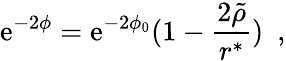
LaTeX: \mathrm{e}^{-2\phi}=\mathrm{e}^{-2\phi_{0}}(1-\frac{{2\tilde{{\rho}}}}{{r^{\ast}}})~~,